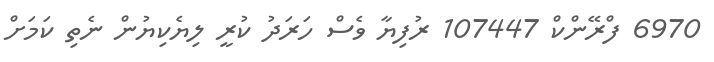
6970 ފްރޭންކް 107447 ރުފިޔާ ވެސް ހަރަދު ކުރީ ލިޔެކިޔުން ނެތި ކަމަށް